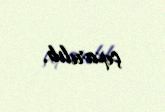
çıxarılıb.